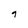
Character: q